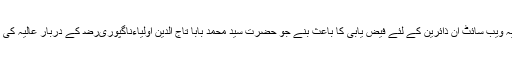
اور ہم دعا گوہ ہیں کہ یہ ویب سائٹ ان ذائرین کے لئے فیض یابی کا باعث بنے جو حضرت سید محمد بابا تاج الدین اولیاءناگپوریﺭﺿ کے دربار عالیہ کی زیارت کے متمنی ہیں۔